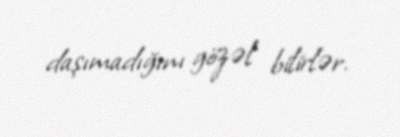
daşımadığını gözəl bilirlər.